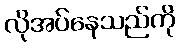
လိုအပ်နေသည်ကို